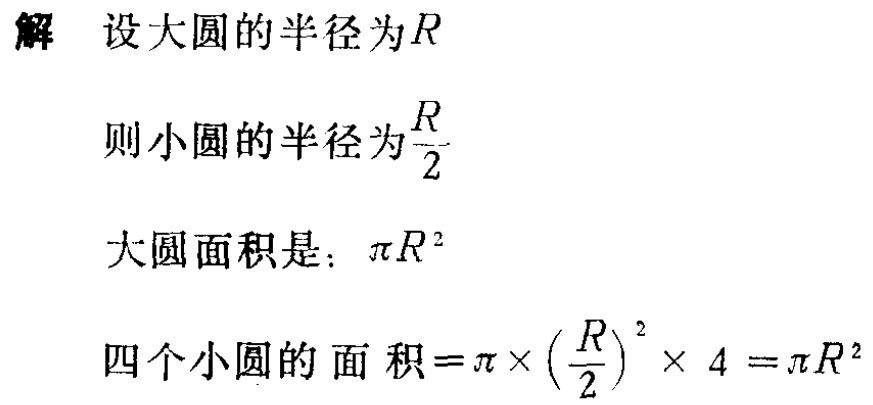
解 设大圆的半径为\(R\)

则小圆的半径为\(\frac{R}{2}\)

大圆面积是：\(\pi R^{2}\)

四个小圆的面积\(=\pi\times(\frac{R}{2})^{2}\times 4=\pi R^{2}\)